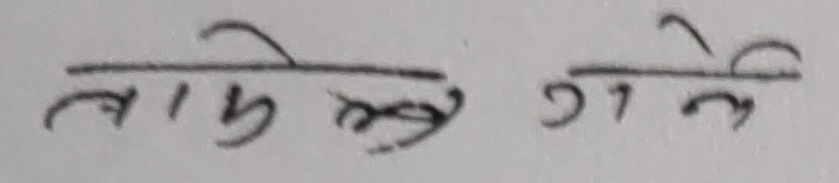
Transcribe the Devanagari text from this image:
लागि गर्ने